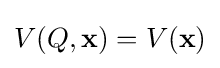
{\textstyle V(Q,\mathbf {x} )=V(\mathbf {x} )}